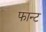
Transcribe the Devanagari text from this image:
फान्ट